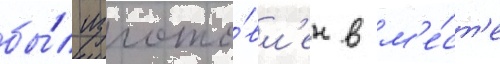
бы́л изгото́вл'ен в м'е́ст'е